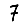
Digit: 7